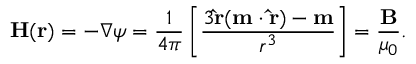
{ \mathbf { H } } ( { \mathbf { r } } ) = - \nabla \psi = { \frac { 1 } { 4 \pi } } \left[ { \frac { 3 \mathbf { \hat { r } } ( \mathbf { m } \cdot \mathbf { \hat { r } } ) - \mathbf { m } } { r ^ { 3 } } } \right] = { \frac { \mathbf { B } } { \mu _ { 0 } } } .